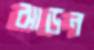
ঝাড়ন